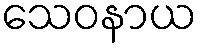
သေဝနာယ